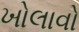
ખોલાવો